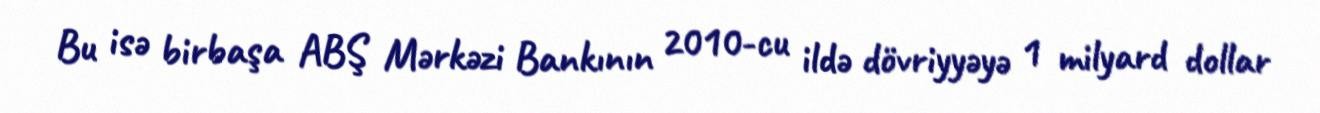
Bu isə birbaşa ABŞ Mərkəzi Bankının 2010-cu ildə dövriyyəyə 1 milyard dollar